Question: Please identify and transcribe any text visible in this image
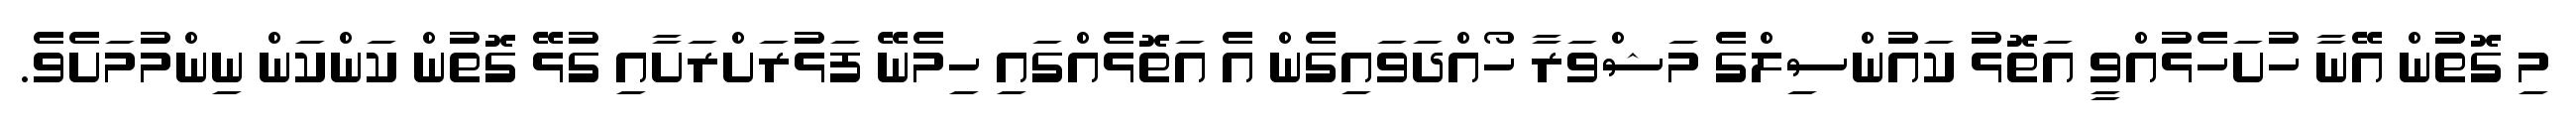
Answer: މި ގޮތުން އޭނާ ހުށަހެޅުއްވީ އަތޮޅު ކައުންސިލްގެ މަޝްވަރާ ހޯއްދަވައިގެން އެ އަތޮޅެއްގައި ހިމެނޭ ފަޅުރަށްރަށާއި ގުޅޭ ގޮތުން ކަންކަން ނިންމުމަށެވެ.